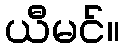
ယီမင်။